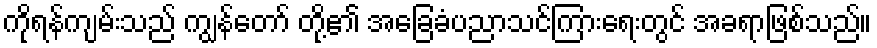
ကိုရန်ကျမ်းသည် ကျွန်တော် တို့၏ အခြေခံပညာသင်ကြားရေးတွင် အခရာဖြစ်သည်။